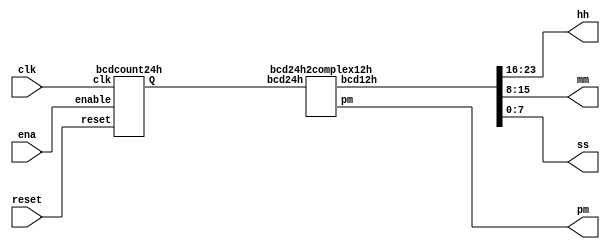
/*

Copyright 2022 Marc Ketel
SPDX-License-Identifier: Apache-2.0

*/

`default_nettype none

module top_module (
    input wire clk,
    input wire reset,
    input wire ena,
    output wire pm,
    output wire [7:0] hh,
    output wire [7:0] mm,
    output wire [7:0] ss
);

  wire [23:0] bcd24h;

  bcdcount24h standard_time_format (
      .clk(clk),
      .reset(reset),
      .enable(ena),
      .Q(bcd24h)
  );

  bcd24h2complex12h really_complex_time_format (
      .bcd24h(bcd24h),
      .pm(pm),
      .bcd12h({hh, mm, ss})
  );

endmodule

module bcdcount24h (
    input wire clk,
    input wire reset,
    input wire enable,
    output reg [23:0] Q
);

  always @(posedge clk) begin
    if (reset) Q = 24'h0;
    else if (enable) begin
      //dig 4+5, 0-23
      if (Q[23:0] == 24'h235959) Q <= 24'h0;
      else if (Q[19:0] == 20'h95959) Q <= Q + 20'h6A6A7;

      //digit 2+3, 0-59
      else if (Q[15:0] == 16'h5959) Q <= Q + 16'hA6A7;
      else if (Q[11:0] == 12'h959) Q <= Q + 12'h6A7;

      //digit 0+1, 0-59
      else if (Q[7:0] == 8'h59) Q <= Q + 8'hA7;
      else if (Q[3:0] == 4'h9) Q <= Q + 4'h7;

      else Q <= Q + 1'h1;
    end
  end

endmodule

module bcd24h2complex12h (
    input wire [23:0] bcd24h,
    output reg pm,
    output reg [23:0] bcd12h
);

  always @(*) begin
    if (bcd24h >= 24'h000000 & bcd24h < 24'h010000) begin
      bcd12h = bcd24h + 24'h120000;
    end else if (bcd24h >= 24'h130000 & bcd24h < 24'h200000) begin
      bcd12h = bcd24h - 24'h120000;
    end else if (bcd24h >= 24'h200000 & bcd24h < 24'h220000) begin
      bcd12h = bcd24h - 24'h180000;
    end else if (bcd24h >= 24'h220000) begin
      bcd12h = bcd24h - 24'h120000;
    end else begin
      bcd12h = bcd24h;
    end

    if (bcd24h < 24'h120000) pm = 0;
    else pm = 1;
  end
endmodule